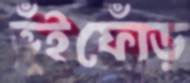
ভূঁইফোঁড়